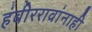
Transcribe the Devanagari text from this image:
हंबीररावांनाही